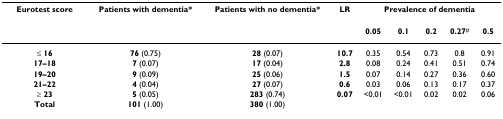
<table><thead><tr><td><b>Eurotest score</b></td><td><b>Patients with dementia*</b></td><td><b>Patients with no dementia*</b></td><td><b>LR</b></td><td colspan="5"><b>Prevalence of dementia</b></td></tr><tr><td></td><td></td><td></td><td></td><td><b>0.05</b></td><td><b>0.1</b></td><td><b>0.2</b></td><td><b>0.27<sup>#</sup></b></td><td><b>0.5</b></td></tr></thead><tbody><tr><td><b>≤ 16</b></td><td><b>76 </b>(0.75)</td><td><b>28 </b>(0.07)</td><td><b>10.7</b></td><td>0.35</td><td>0.54</td><td>0.73</td><td>0.8</td><td>0.91</td></tr><tr><td><b>17–18</b></td><td><b>7 </b>(0.07)</td><td><b>17 </b>(0.04)</td><td><b>2.8</b></td><td>0.08</td><td>0.24</td><td>0.41</td><td>0.51</td><td>0.74</td></tr><tr><td><b>19–20</b></td><td><b>9 </b>(0.09)</td><td><b>25 </b>(0.06)</td><td><b>1.5</b></td><td>0.07</td><td>0.14</td><td>0.27</td><td>0.36</td><td>0.60</td></tr><tr><td><b>21–22</b></td><td><b>4 </b>(0.04)</td><td><b>27 </b>(0.07)</td><td><b>0.6</b></td><td>0.03</td><td>0.06</td><td>0.13</td><td>0.17</td><td>0.37</td></tr><tr><td><b>≥ 23</b></td><td><b>5 </b>(0.05)</td><td><b>283 </b>(0.74)</td><td><b>0.07</b></td><td>&lt;0.01</td><td>&lt;0.01</td><td>0.02</td><td>0.02</td><td>0.06</td></tr><tr><td><b>Total</b></td><td><b>101 </b>(1.00)</td><td><b>380 </b>(1.00)</td><td></td><td></td><td></td><td></td><td></td><td></td></tr></tbody></table>